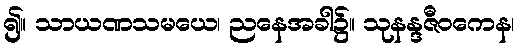
၍။ သာယဏသမယေ၊ ညနေအခါ၌။ သုနန္ဒဇီဝကေန၊